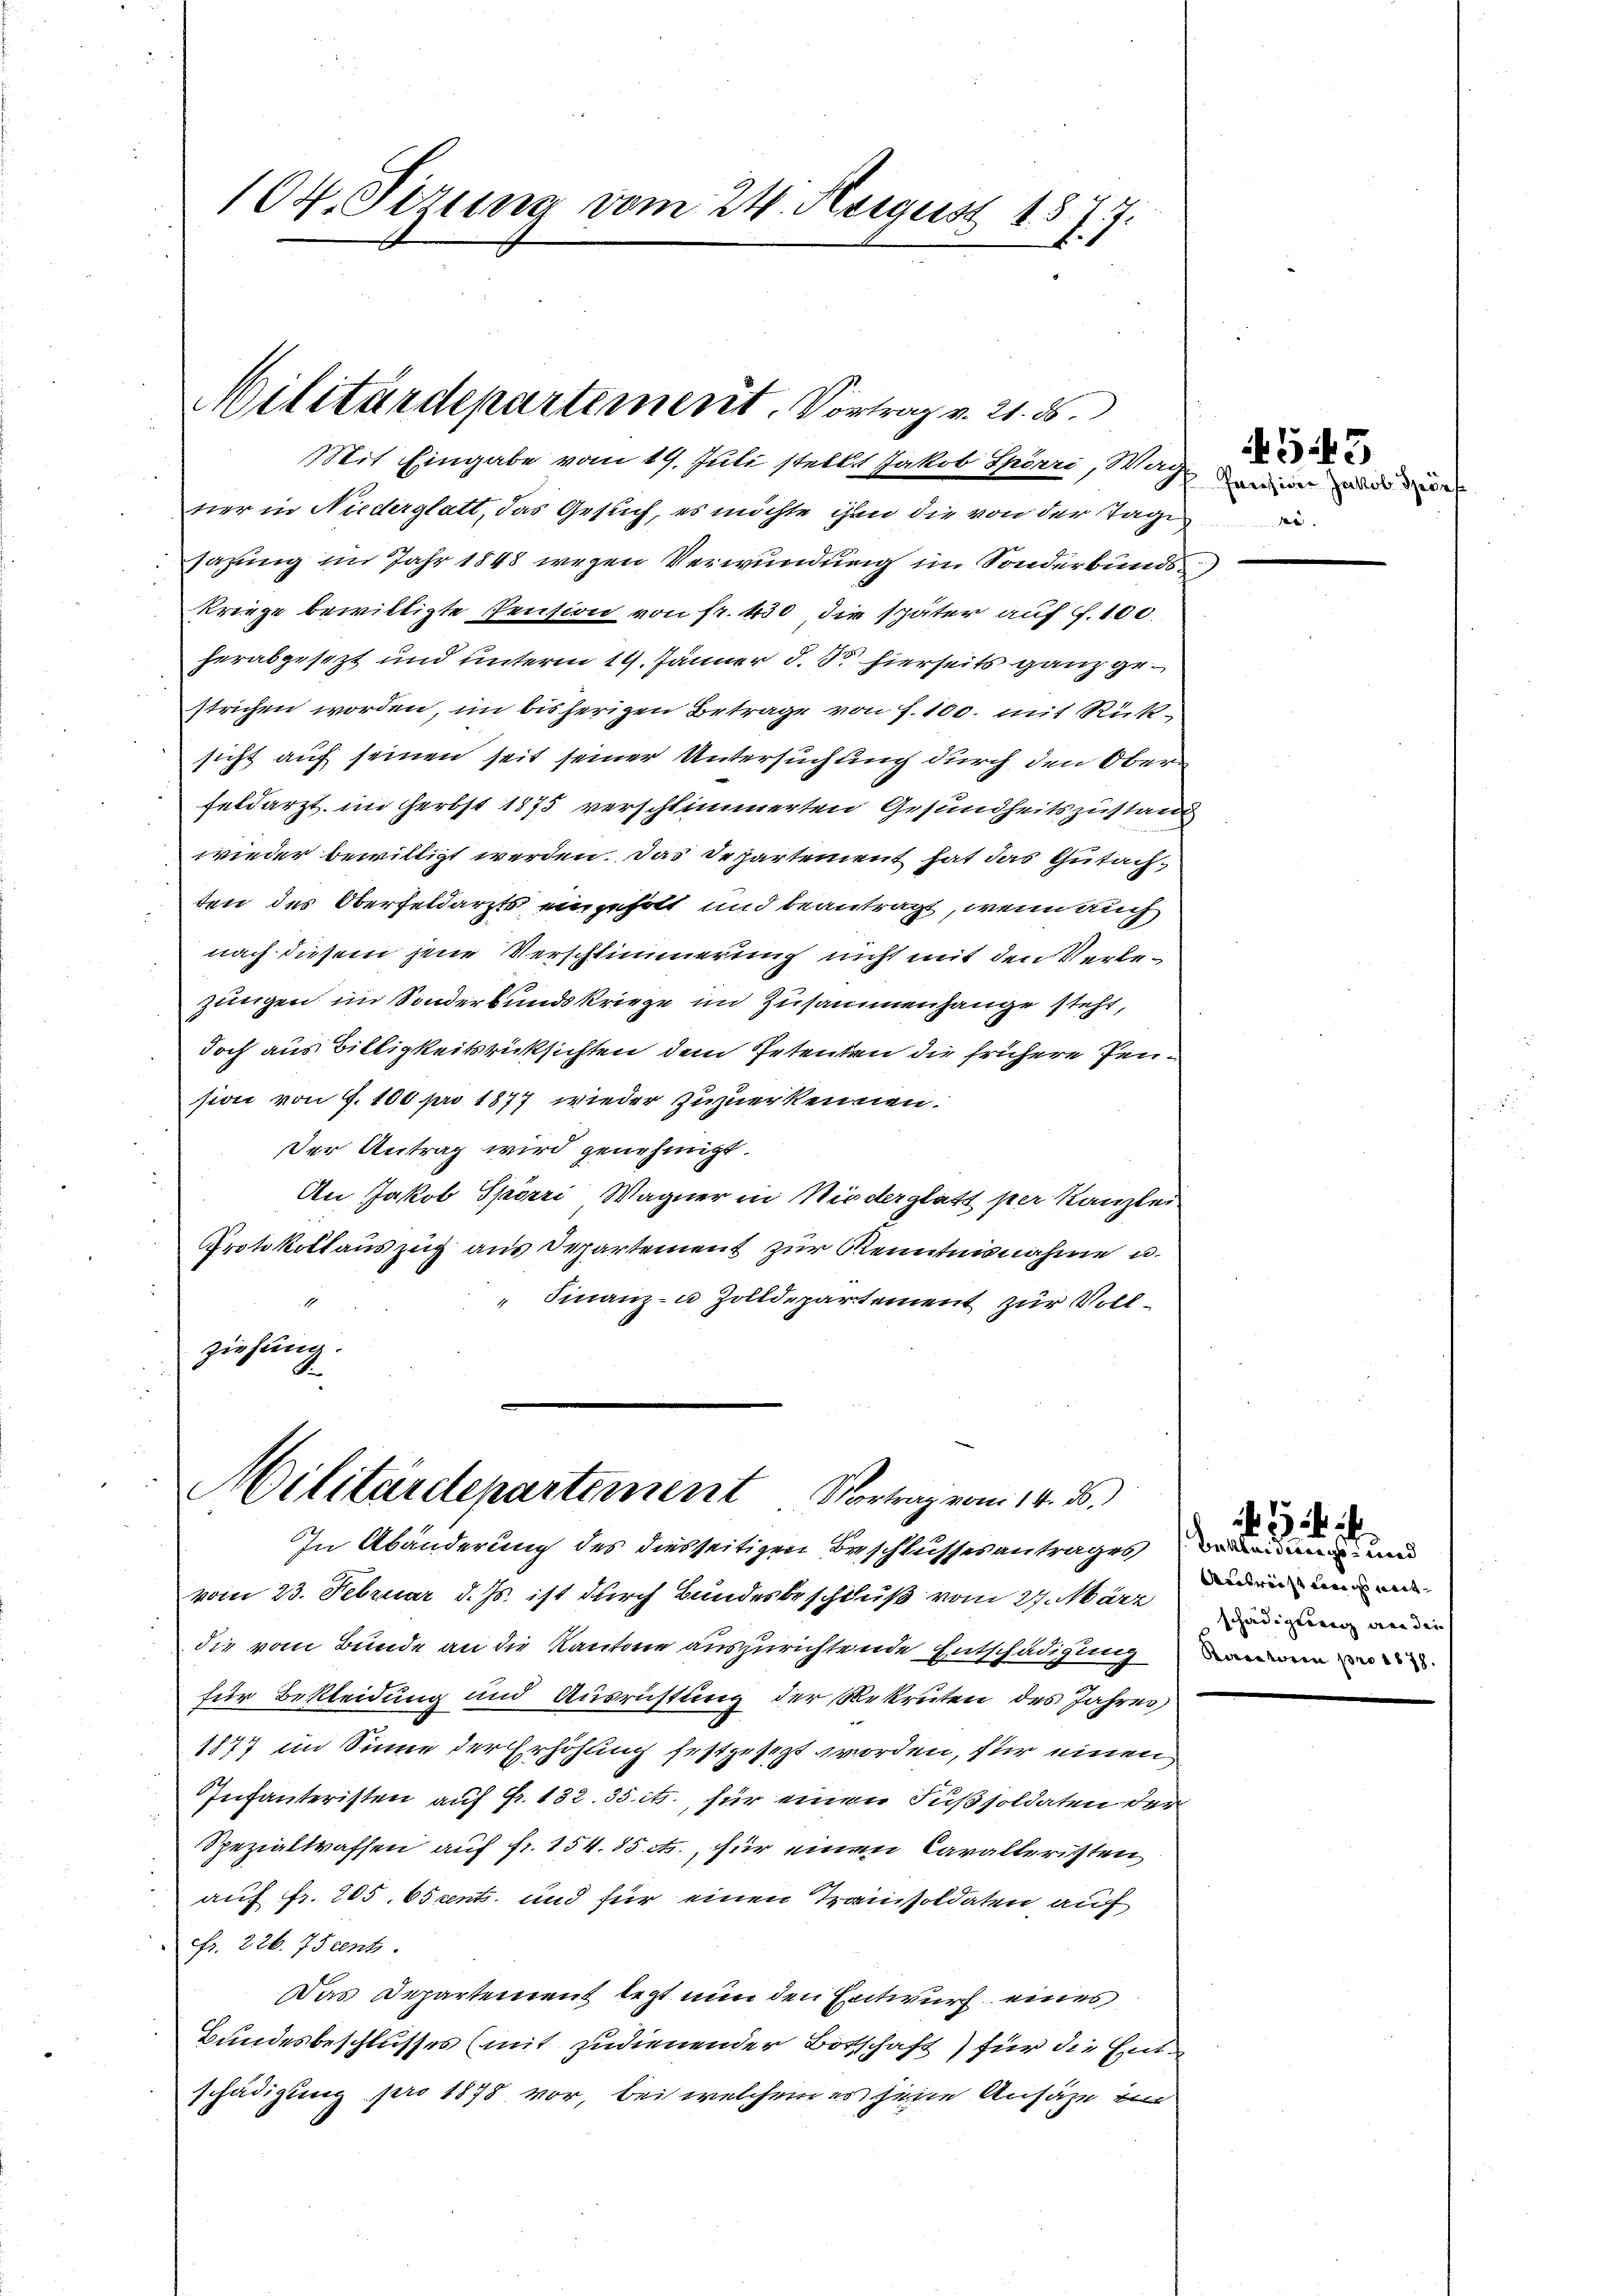
104. Sizung vom 24. August 1877.
1

Militärdepartement. Vortrag v. 21. 56.

Mit Eingabe vom 19. Juli stellt Jakob Spörri, Wach
ner in Niederglatt, das Gesuch, es möchte ihm die von der Tage
sazung im Jahr 1848 wegen Verwundung im Sonderbundskriege bewilligte Pension von fr. 450 die später auf 100.
herabgesezt und unterm 19. Jänner d. d. hierseits ganz gestrichen worden, im bisherigen Betrage von S. 100. mit Rücksicht auf seinen seit seiner Untersuchung durch den Oberfeldarzt im Herbst 1875 verschlimmerten Gesundheitszustand
wieder bewilligt werden. Das Departement hat das Gutachten des Oberfeldarzts eingeholt und beantragt, wenn auch
nach diesem jene Verschlimmerung nicht mit den Verlezungen im Sonderbundskriege im Zusammenhange steht,
doch aus Billigkeitsrücksichten dem Petenten die frühere Pension von 7. 100 pro 1877 wieder zuzuerkennen.
Der Antrag wird genehmigt.
An Jakob Spörri Wagner in Niederglatt per Kanzlei.
Protokollauszug aus Departement zur Kenntnisnahme u.
" Finanz- u Zolldepartement zur Vollziehung.

Militärdepartement Vortrag vom 14. ds.

In Abänderung des diesseitigen Beschlussesantrages eidung und
vom 23. Februar d. Js. ist durch Bundesbeschluß vom 27. März
die vom Bunde an die Kantone auszurichtende Entschädigung
für Bekleidung und Ausrichtung der Rekruten des Jahres,
1877 im Sinne der Erhöhung festgesezt worden, für einen
Infanteristen auf Fr. 132. 35 its., für einen Fußsoldaten der
Spezialtraffen auf fr. 154. 85 f., für einen Cavalleristen
auf Fr. 205. 65 ent. und für einen Tramisoldaten auf
Fr. 226. 75cent.
Das Departement letzt nun den Entwurf eines
Bundesbeschlusses (mit zudienender Botschaft) für die Entschädigung pro 1878 vor, bei welchem es seine Ansähe ein

Prerziger Jakob Spie

543

Ausreist ange weit
schädigten an der
Raritoren pro 1878.